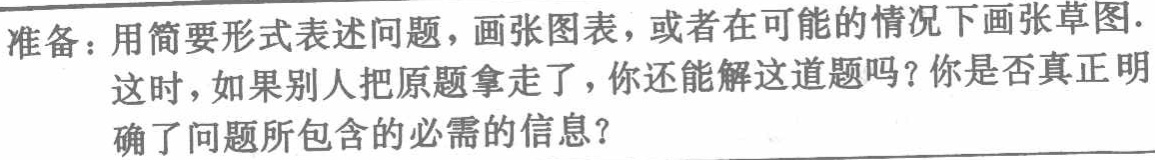
准备：用简要形式表述问题，画张图表，或者在可能的情况下画张草图.

这时，如果别人把原题拿走了，你还能解这道题吗？你是否真正明

确了问题所包含的必需的信息？